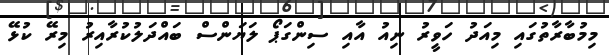
މިމުބާރާތުގައި މިއަދު ހަވީރު ނިއު އާއި ސިންގަޕޯ ލަޔަންސް ބައްދަލުކުރާއިރު މިރޭ ކުޅޭ